Report of the Hyderabad Chloroform Commission
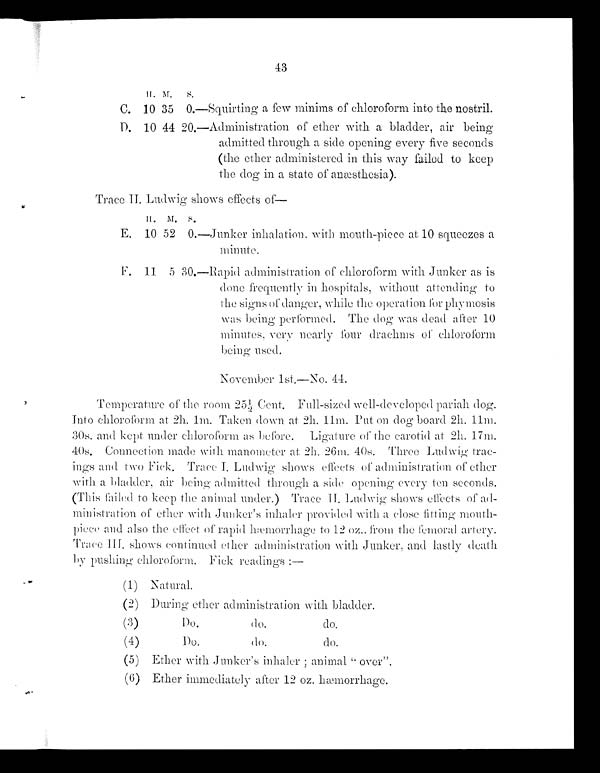
43
H . M . S .
C.10 35 0.—Squirting a few minims of chloroform into the nostril.
D.10 44 20.—Administration of ether with a bladder, air being
admitted through a side opening every five seconds
(the ether administered in this way failed to keep
the dog in a state of anæsthesia).
Trace II. Ludwig shows effects of
—
H . M . S .
E.10 52 0.—Junker inhalation. with mouth-piece at 10 squeezes a
minute.
F. 11 5 30.—Rapid administration of chloroform with Junker as is
done frequently in hospitals, without attending to
the signs of danger, while the operation for phymosis
was being performed. The dog was dead after 10
minutes, very nearly four drachms of chloroform
being used.
November 1st.—No. 44.
Temperature of the room 25½ Cent. Full-sized well-developed pariah dog.
Into chloroform at 2h. 1m. Taken down at 2h. 11m. Put on dog board 2h. 11m.
30s. and kept under chloroform as before. Ligature of the carotid at. 2h. 17m.
40s. Connection made with manometer at 2h. 26m. 40s. Three Ludwig trac-
i ngs a nd t wo Fi c k. Tr a c e I . Ludwi g s hows e f f e c t s of a dmi ni s t r a t i on of e t he r
with. a bladder, air being admitted through a side opening every ten seconds.
(This failed to keep the animal under.) Trace II. Ludwig shows effects of ad-
ministration of ether with Junker's inhaler provided a close fitting mouth-
piece and also the effect of rapid hæmorrhage to 12 oz.. from the femoral artery.
Trace III. shows continued ether administration with Junker, and lastly death
by pushing chloroform, Fick readings:—
(1) Natural.
(2) During ether administration with bladder.
(3)
Do.
do.
do.
(4)
Do.
do.
do.
(5) Ether with Junker's inhaler ; animal " over".
(6) Ether immediately after 12 oz. hæmorrhage.